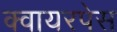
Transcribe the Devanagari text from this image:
क्वायरपेस